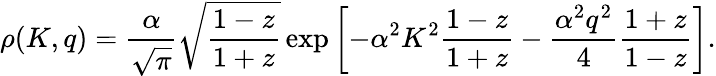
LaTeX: \rho(K,q)=\frac{\alpha}{\sqrt{\pi}}\sqrt{\frac{1-z}{1+z}}\exp\left[-\alpha^{2}K^{2}\frac{1-z}{1+z}-\frac{\alpha^{2}q^{2}}{4}\frac{1+z}{1-z}\right].